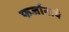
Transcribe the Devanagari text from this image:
फर्जानाये